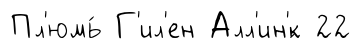
Пл'юмь́ Г'ил'ен Алл'ин'́к 22